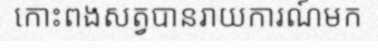
កោះពងសត្វបានរាយការណ៍មក